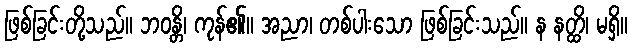
ဖြစ်ခြင်းတို့သည်။ ဘဝန္တိ၊ ကုန်၏။ အညာ၊ တစ်ပါးသော ဖြစ်ခြင်းသည်။ န နတ္ထိ၊ မရှိ။